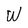
Character: W